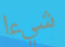
شيءا